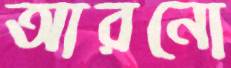
আরনো